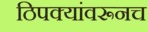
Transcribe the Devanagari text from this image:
ठिपक्यांवरूनच